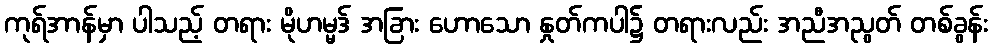
ကုရ်အာန်မှာ ပါသည့် တရား မိုဟမ္မဒ် အခြား ဟောသော နှုတ်ကပါ၌ တရားလည်း အညီအညွတ် တစ်ခွန်း